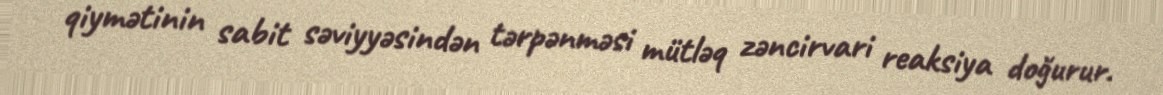
qiymətinin sabit səviyyəsindən tərpənməsi mütləq zəncirvari reaksiya doğurur.